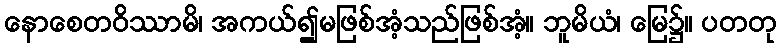
နောစေတဝိဿာမိ၊ အကယ်၍မဖြစ်အံ့သည်ဖြစ်အံ့။ ဘူမိယံ၊ မြေ၌။ ပတတု